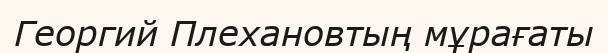
Георгий Плехановтың мұрағаты